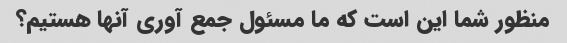
منظور شما این است که ما مسئول جمع آوری آنها هستیم؟